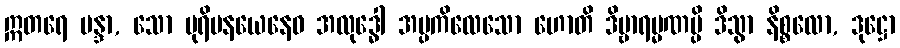
ဣတရေ မန္ဒာ, သော ပုရိမနယေနေဝ အလုဒ္ဓေါ အပ္ပကိလေသော ဟောတိ ဒိဗ္ဗာရမ္မဏမ္ပိ ဒိသွာ နိစ္စလော, ဒုဋ္ဌော